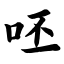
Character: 呸